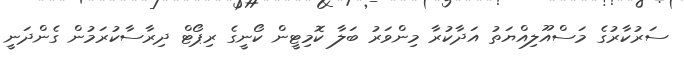
ސަރުކާރުގެ މަސްއޫލިއްޔަތު އަދާކުރާ މިންވަރު ބަލާ ކޮމިޓީން ކޯނީގެ ރިޕޯޓް ދިރާސާކުރަމުން ގެންދަނީ